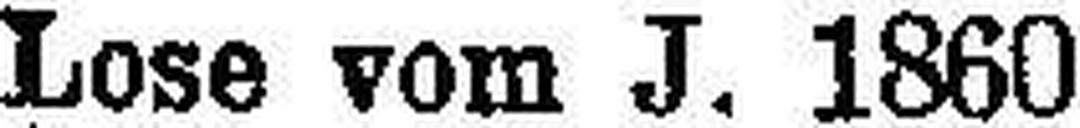
Lose vom J. 1860 zu 100 fl. „ „ „